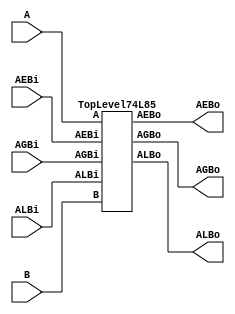
/****************************************************************************
 *                                                                          *
 *  VERILOG HIGH-LEVEL DESCRIPTION OF THE TI 74L85 CIRCUIT                  *
 *                                                                          *
 *  Function: Four-Bit Magnitude Comarator                                  *
 *                                                                          *
 *  Written by: Mark C. Hansen                                              *
 *                                                                          *
 *                                                                          *
 ****************************************************************************/

module Circuit74L85 (ALBi, AGBi, AEBi, A, B, ALBo, AGBo, AEBo);

  input[3:0]    A, B;
  input	        ALBi, AGBi, AEBi;

  output        ALBo, AGBo, AEBo;
	
  TopLevel74L85 Ckt74L85 (ALBi, AGBi, AEBi, A, B, ALBo, AGBo, AEBo);

endmodule /* Circuit74L85 */

/*************************************************************************/

module TopLevel74L85 (ALBi, AGBi, AEBi, A, B, ALBo, AGBo, AEBo);

  input[3:0]    A, B;
  input	        ALBi, AGBi, AEBi;
  output        ALBo, AGBo, AEBo;
  wire[3:0]     G1, G2, P;

  GPmodule GPmod0(A,B,G1,G2,P);
  CLAmodule ALBmod1(G1,P,ALBi,ALBo);
  CLAmodule AGBmod2(G2,P,AGBi,AGBo);
  EQmodule EQmod3(AEBi,P,AEBo);

endmodule /* TopLevel74L85 */

/*************************************************************************/

module GPmodule(A,B,G1,G2,P);
  input[3:0]    A, B;
  output[3:0]   G1, G2, P;
  wire[3:0]     Ab, Bb, AbB, ABb;

  not A0bgate(Ab[0], A[0]);
  not A1bgate(Ab[1], A[1]);
  not A2bgate(Ab[2], A[2]);
  not A3bgate(Ab[3], A[3]);

  not B0bgate(Bb[0], B[0]);
  not B1bgate(Bb[1], B[1]);
  not B2bgate(Bb[2], B[2]);
  not B3bgate(Bb[3], B[3]);

  and G10gate(G1[0], Ab[0], B[0]);
  and G11gate(G1[1], Ab[1], B[1]);
  and G12gate(G1[2], Ab[2], B[2]);
  and G13gate(G1[3], Ab[3], B[3]);

  and G20gate(G2[0], A[0], Bb[0]);
  and G21gate(G2[1], A[1], Bb[1]);
  and G22gate(G2[2], A[2], Bb[2]);
  and G23gate(G2[3], A[3], Bb[3]);

  and AbB0gate(AbB[0], Ab[0], B[0]);
  and AbB1gate(AbB[1], Ab[1], B[1]);
  and AbB2gate(AbB[2], Ab[2], B[2]);
  and AbB3gate(AbB[3], Ab[3], B[3]);

  and ABb0gate(ABb[0], A[0], Bb[0]);
  and ABb1gate(ABb[1], A[1], Bb[1]);
  and ABb2gate(ABb[2], A[2], Bb[2]);
  and ABb3gate(ABb[3], A[3], Bb[3]);

  nor P0gate(P[0], AbB[0], ABb[0]); 
  nor P1gate(P[1], AbB[1], ABb[1]); 
  nor P2gate(P[2], AbB[2], ABb[2]); 
  nor P3gate(P[3], AbB[3], ABb[3]); 

endmodule /* GPmodule */

/*************************************************************************/

module     CLAmodule (G,P,AxBi,AxBo);
input[3:0]      G, P;
input           AxBi;
output          AxBo;

  buf G3gate (G3, G[3]);
  and G2P3gate (G2P3, G[2], P[3]);
  and G1P2P3gate(G1P2P3, G[1], P[2], P[3]);
  and G0P1P2P3gate(G0P1P2P3, G[0], P[1], P[2], P[3]);
  and AxBiP0P1P2P3gate(AxBiP0P1P2P3, AxBi, P[0], P[1], P[2], P[3]);

  or AxBogate(AxBo, G3, G2P3, G1P2P3, G0P1P2P3, AxBiP0P1P2P3);

endmodule /* CLAmodule */

/*************************************************************************/

module     EQmodule (AEBi,P,AEBo);
  input           AEBi;
  input[3:0]      P;
  output          AEBo;

  and AEBogate(AEBo, AEBi, P[0], P[1], P[2], P[3]);

endmodule /* EQmodule */